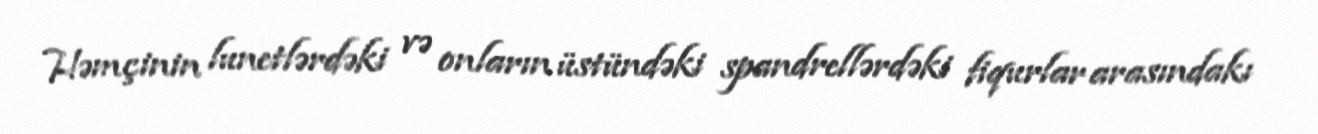
Həmçinin lunetlərdəki və onların üstündəki spandrellərdəki fiqurlar arasındakı